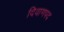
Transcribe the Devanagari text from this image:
दिवाणपद